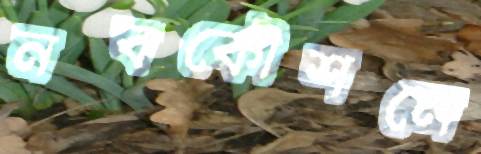
নবকৌশলে